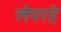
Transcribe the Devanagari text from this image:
लेपरहे